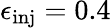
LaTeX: \epsilon_{\mathrm{inj}}=0.4